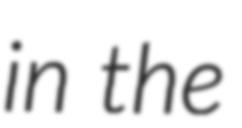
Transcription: in the